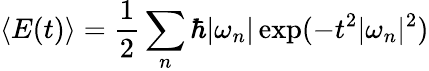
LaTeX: \langle E(t)\rangle={\frac{1}{2}}\sum_{n}\hbar|\omega_{n}|\exp(-t^{2}|\omega_{n}|^{2})